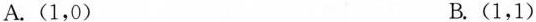
A.(1,0) B.(1,1)